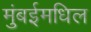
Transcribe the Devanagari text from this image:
मुंबईमधिल